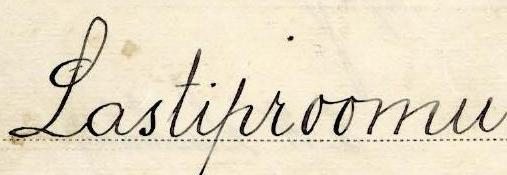
Lastiproomu